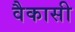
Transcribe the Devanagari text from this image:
वैकासी